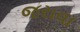
જરાવા